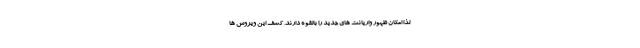
لذا امکان ظهور واریانت های جدید را بالقوه دارند. کشف این ویروس ها